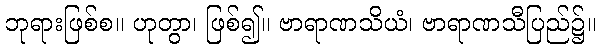
ဘုရားဖြစ်စ။ ဟုတွာ၊ ဖြစ်၍။ ဗာရာဏသိယံ၊ ဗာရာဏသီပြည်၌။